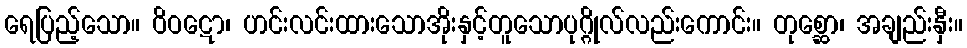
ရေပြည့်သော။ ဝိဝဋော၊ ဟင်းလင်းထားသောအိုးနှင့်တူသောပုဂ္ဂိုလ်လည်းကောင်း။ တုစ္ဆော၊ အချည်းနှီး။